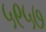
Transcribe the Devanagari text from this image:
५९५७